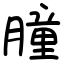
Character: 膧